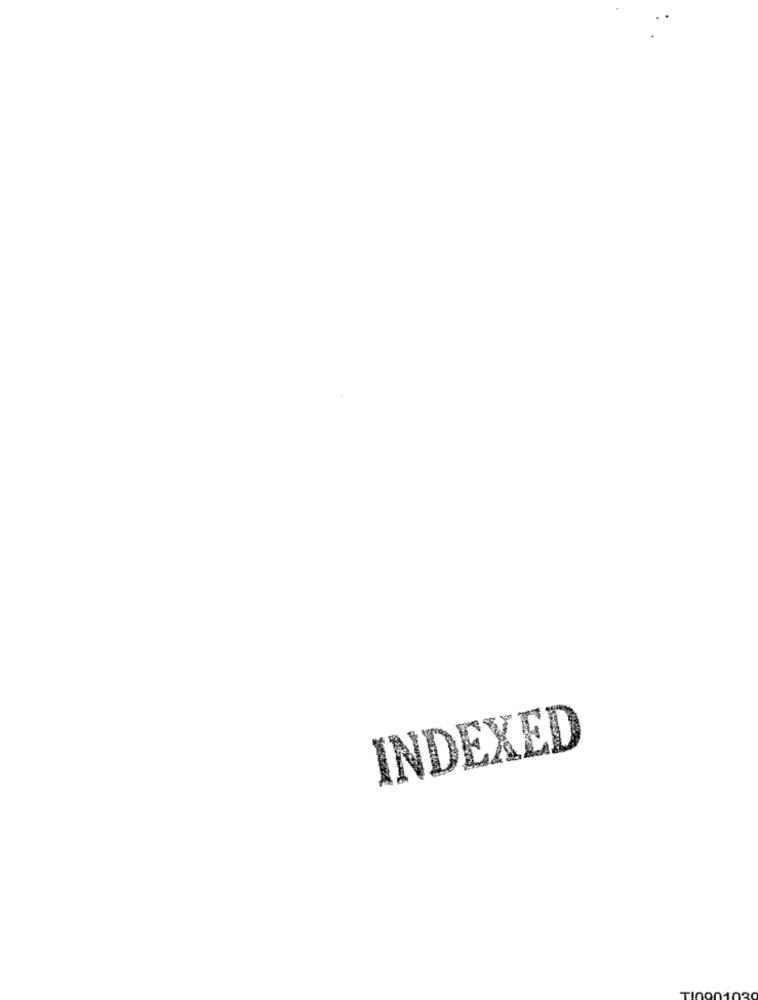
INDEXED